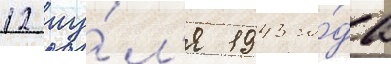
12 иу́л'я 1943 го́да